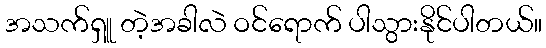
အသက်ရှူ တဲ့အခါလဲ ဝင်ရောက် ပါသွားနိုင်ပါတယ်။